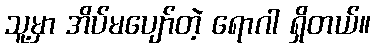
သူ့မှာ အိပ်မပျော်တဲ့ ရောဂါ ရှိတယ်။